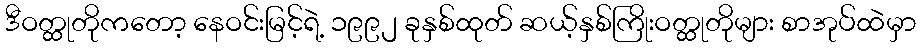
ဒီဝတ္ထုတိုကတော့ နေဝင်းမြင့်ရဲ့ ၁၉၉၂ ခုနှစ်ထုတ် ဆယ့်နှစ်ကြိုးဝတ္ထုတိုများ စာအုပ်ထဲမှာ